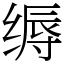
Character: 缛